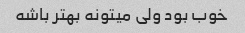
خوب بود ولی میتونه بهتر باشه